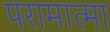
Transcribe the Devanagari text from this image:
परामात्मा